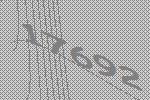
17692